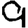
Digit: 9